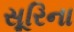
સૂરિના